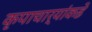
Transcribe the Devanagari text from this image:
कृपाचार्यांकडे